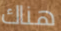
هناك